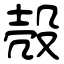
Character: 殻